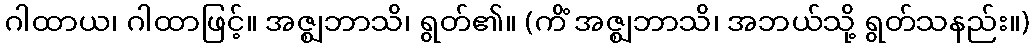
ဂါထာယ၊ ဂါထာဖြင့်။ အဇ္ဈဘာသိ၊ ရွတ်၏။ (ကိံ အဇ္ဈဘာသိ၊ အဘယ်သို့ ရွတ်သနည်း။)